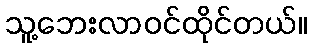
သူ့ဘေးလာဝင်ထိုင်တယ်။